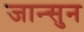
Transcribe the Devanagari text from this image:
जान्सुन